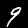
Digit: 9